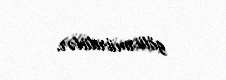
götürmürdülər.